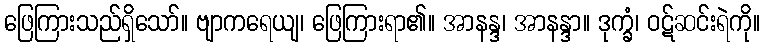
ဖြေကြားသည်ရှိသော်။ ဗျာကရေယျ၊ ဖြေကြားရာ၏။ အာနန္ဒ၊ အာနန္ဒာ။ ဒုက္ခံ၊ ဝဋ်ဆင်းရဲကို။